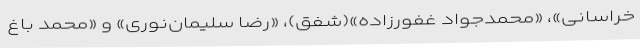
خراسانی»، «محمدجواد غفورزاده»(شفق)، «رضا سلیمان‌نوری» و «محمد باغ